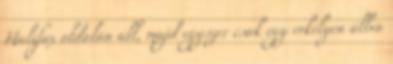
Halifax oldalán áll, majd egyszer csak egy erkélyen állva